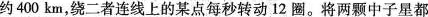
约400km，绕二者连线上的某点每秒转动12圈。将两颗中子星都